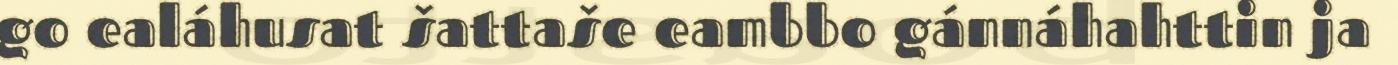
go ealáhusat šattaše eambbo gánnáhahttin ja